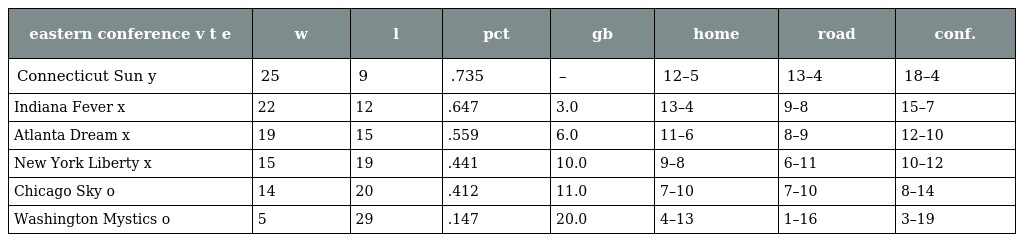
| eastern conference v t e | w | l | pct | gb | home | road | conf. |
 | --- | --- | --- | --- | --- | --- | --- | --- |
 | Connecticut Sun y | 25 | 9 | .735 | – | 12–5 | 13–4 | 18–4 |
 | Indiana Fever x | 22 | 12 | .647 | 3.0 | 13–4 | 9–8 | 15–7 |
 | Atlanta Dream x | 19 | 15 | .559 | 6.0 | 11–6 | 8–9 | 12–10 |
 | New York Liberty x | 15 | 19 | .441 | 10.0 | 9–8 | 6–11 | 10–12 |
 | Chicago Sky o | 14 | 20 | .412 | 11.0 | 7–10 | 7–10 | 8–14 |
 | Washington Mystics o | 5 | 29 | .147 | 20.0 | 4–13 | 1–16 | 3–19 |